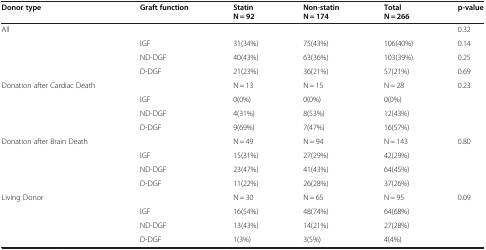
| Donor type | Graft function | Statin | Non-statin | Total | p-value |
 |  |  | N = 92 | N = 174 | N = 266 |  |
 | --- | --- | --- | --- | --- | --- |
 | All |  |  |  |  | 0.32 |
 |  | IGF | 31(34%) | 75(43%) | 106(40%) | 0.14 |
 |  | ND-DGF | 40(43%) | 63(36%) | 103(39%) | 0.25 |
 |  | D-DGF | 21(23%) | 36(21%) | 57(21%) | 0.69 |
 | Donation after Cardiac Death |  | N = 13 | N = 15 | N = 28 | 0.23 |
 |  | IGF | 0(0%) | 0(0%) | 0(0%) |  |
 |  | ND-DGF | 4(31%) | 8(53%) | 12(43%) |  |
 |  | D-DGF | 9(69%) | 7(47%) | 16(57%) |  |
 | Donation after Brain Death |  | N = 49 | N = 94 | N = 143 | 0.80 |
 |  | IGF | 15(31%) | 27(29%) | 42(29%) |  |
 |  | ND-DGF | 23(47%) | 41(43%) | 64(45%) |  |
 |  | D-DGF | 11(22%) | 26(28%) | 37(26%) |  |
 | Living Donor |  | N = 30 | N = 65 | N = 95 | 0.09 |
 |  | IGF | 16(54%) | 48(74%) | 64(68%) |  |
 |  | ND-DGF | 13(43%) | 14(21%) | 27(28%) |  |
 |  | D-DGF | 1(3%) | 3(5%) | 4(4%) |  |